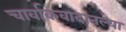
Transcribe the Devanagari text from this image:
चार्वाकवादातल्या